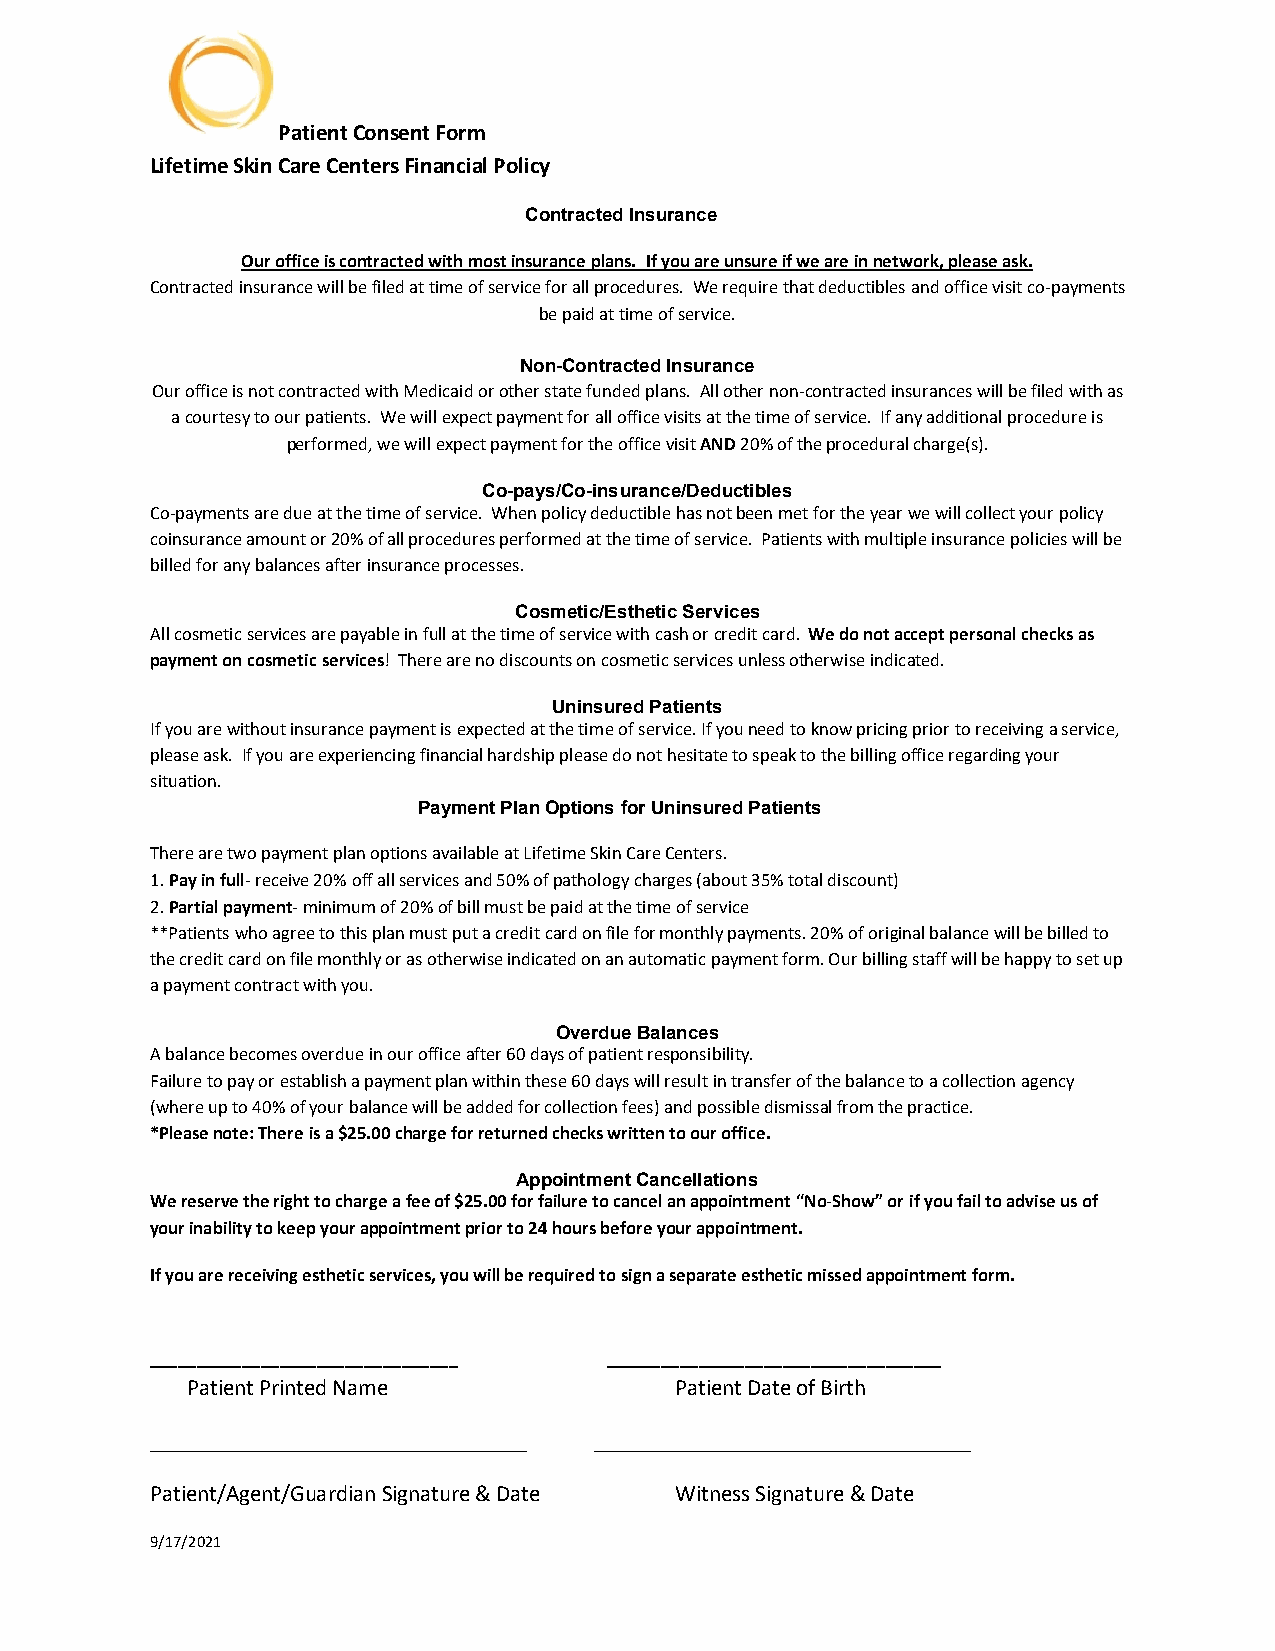
Patient Consent Form
 Lifetime Skin Care Centers Financial Policy
 Contracted Insurance
 Our office is contracted with most insurance plans. If you are unsure if we are in network, please ask.
 Contracted insurance will be filed at time of service for all procedures. We require that deductibles and office visit co-payments
 be paid at time of service.
 Non-Contracted Insurance
 Our office is not contracted with Medicaid or other state funded plans. All other non-contracted insurances will be filed with as
 a courtesy to our patients. We will expect payment for all office visits at the time of service. If any additional procedure is
 performed, we will expect payment for the office visit AND 20% of the procedural charge(s).
 Co-pays/Co-insurance/Deductibles
 Co-payments are due at the time of service. When policy deductible has not been met for the year we will collect your policy
 coinsurance amount or 20% of all procedures performed at the time of service. Patients with multiple insurance policies will be
 billed for any balances after insurance processes.
 Cosmetic/Esthetic Services
 All cosmetic services are payable in full at the time of service with cash or credit card. We do not accept personal checks as
 payment on cosmetic services! There are no discounts on cosmetic services unless otherwise indicated.
 Uninsured Patients
 If you are without insurance payment is expected at the time of service. If you need to know pricing prior to receiving a service,
 please ask. If you are experiencing financial hardship please do not hesitate to speak to the billing office regarding your
 situation.
 Payment Plan Options for Uninsured Patients
 There are two payment plan options available at Lifetime Skin Care Centers.
 1. Pay in full- receive 20% off all services and 50% of pathology charges (about 35% total discount)
 2. Partial payment- minimum of 20% of bill must be paid at the time of service
 **Patients who agree to this plan must put a credit card on file for monthly payments. 20% of original balance will be billed to
 the credit card on file monthly or as otherwise indicated on an automatic payment form. Our billing staff will be happy to set up
 a payment contract with you.
 Overdue Balances
 A balance becomes overdue in our office after 60 days of patient responsibility.
 Failure to pay or establish a payment plan within these 60 days will result in transfer of the balance to a collection agency
 (where up to 40% of your balance will be added for collection fees) and possible dismissal from the practice.
 *Please note: There is a $25.00 charge for returned checks written to our office.
 Appointment Cancellations
 We reserve the right to charge a fee of $25.00 for failure to cancel an appointment “No-Show” or if you fail to advise us of
 your inability to keep your appointment prior to 24 hours before your appointment.
 If you are receiving esthetic services, you will be required to sign a separate esthetic missed appointment form.
 _________________________________ ____________________________________
 Patient Printed Name             Patient Date of Birth
 _________________________________ _________________________________
 Patient/Agent/Guardian Signature & Date Witness Signature & Date
 9/17/2021